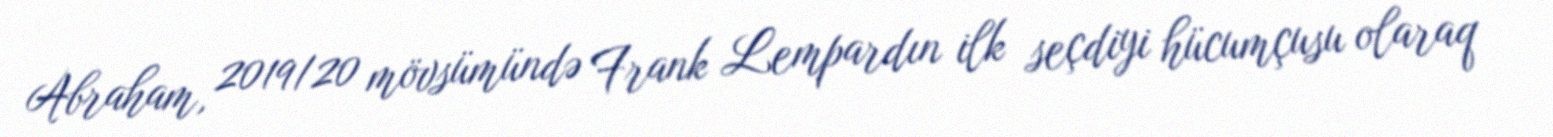
Abraham, 2019/20 mövsümündə Frank Lempardın ilk seçdiyi hücumçusu olaraq